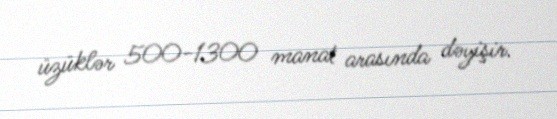
üzüklər 500-1300 manat arasında dəyişir.